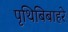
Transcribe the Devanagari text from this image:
पृथिबिबाहरे